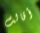
أقالت